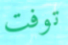
توفت